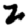
Digit: 2